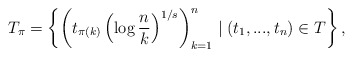
\begin{align*}T_\pi = \left\{ \left( t_{\pi(k)} \left(\log{\frac{n}{k}}\right)^{1/s} \right)_{k=1}^n \mid (t_1,...,t_n) \in T \right\},\end{align*}